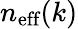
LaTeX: n_{\textrm{eff}}(k)